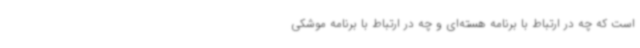
است که چه در ارتباط با برنامه هسته‌ای و چه در ارتباط با برنامه موشکی